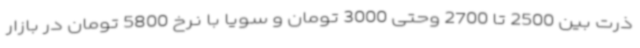
ذرت بین 2500 تا 2700 وحتی 3000 تومان و سویا با نرخ 5800 تومان در بازار